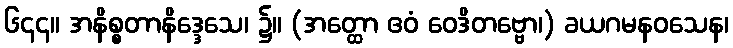
၆၄၄။ အနိစ္စတာနိဒ္ဒေသေ၊ ၌။ (အတ္ထော ဧဝံ ဝေဒိတဗ္ဗော၊) ခယဂမနဝသေန၊